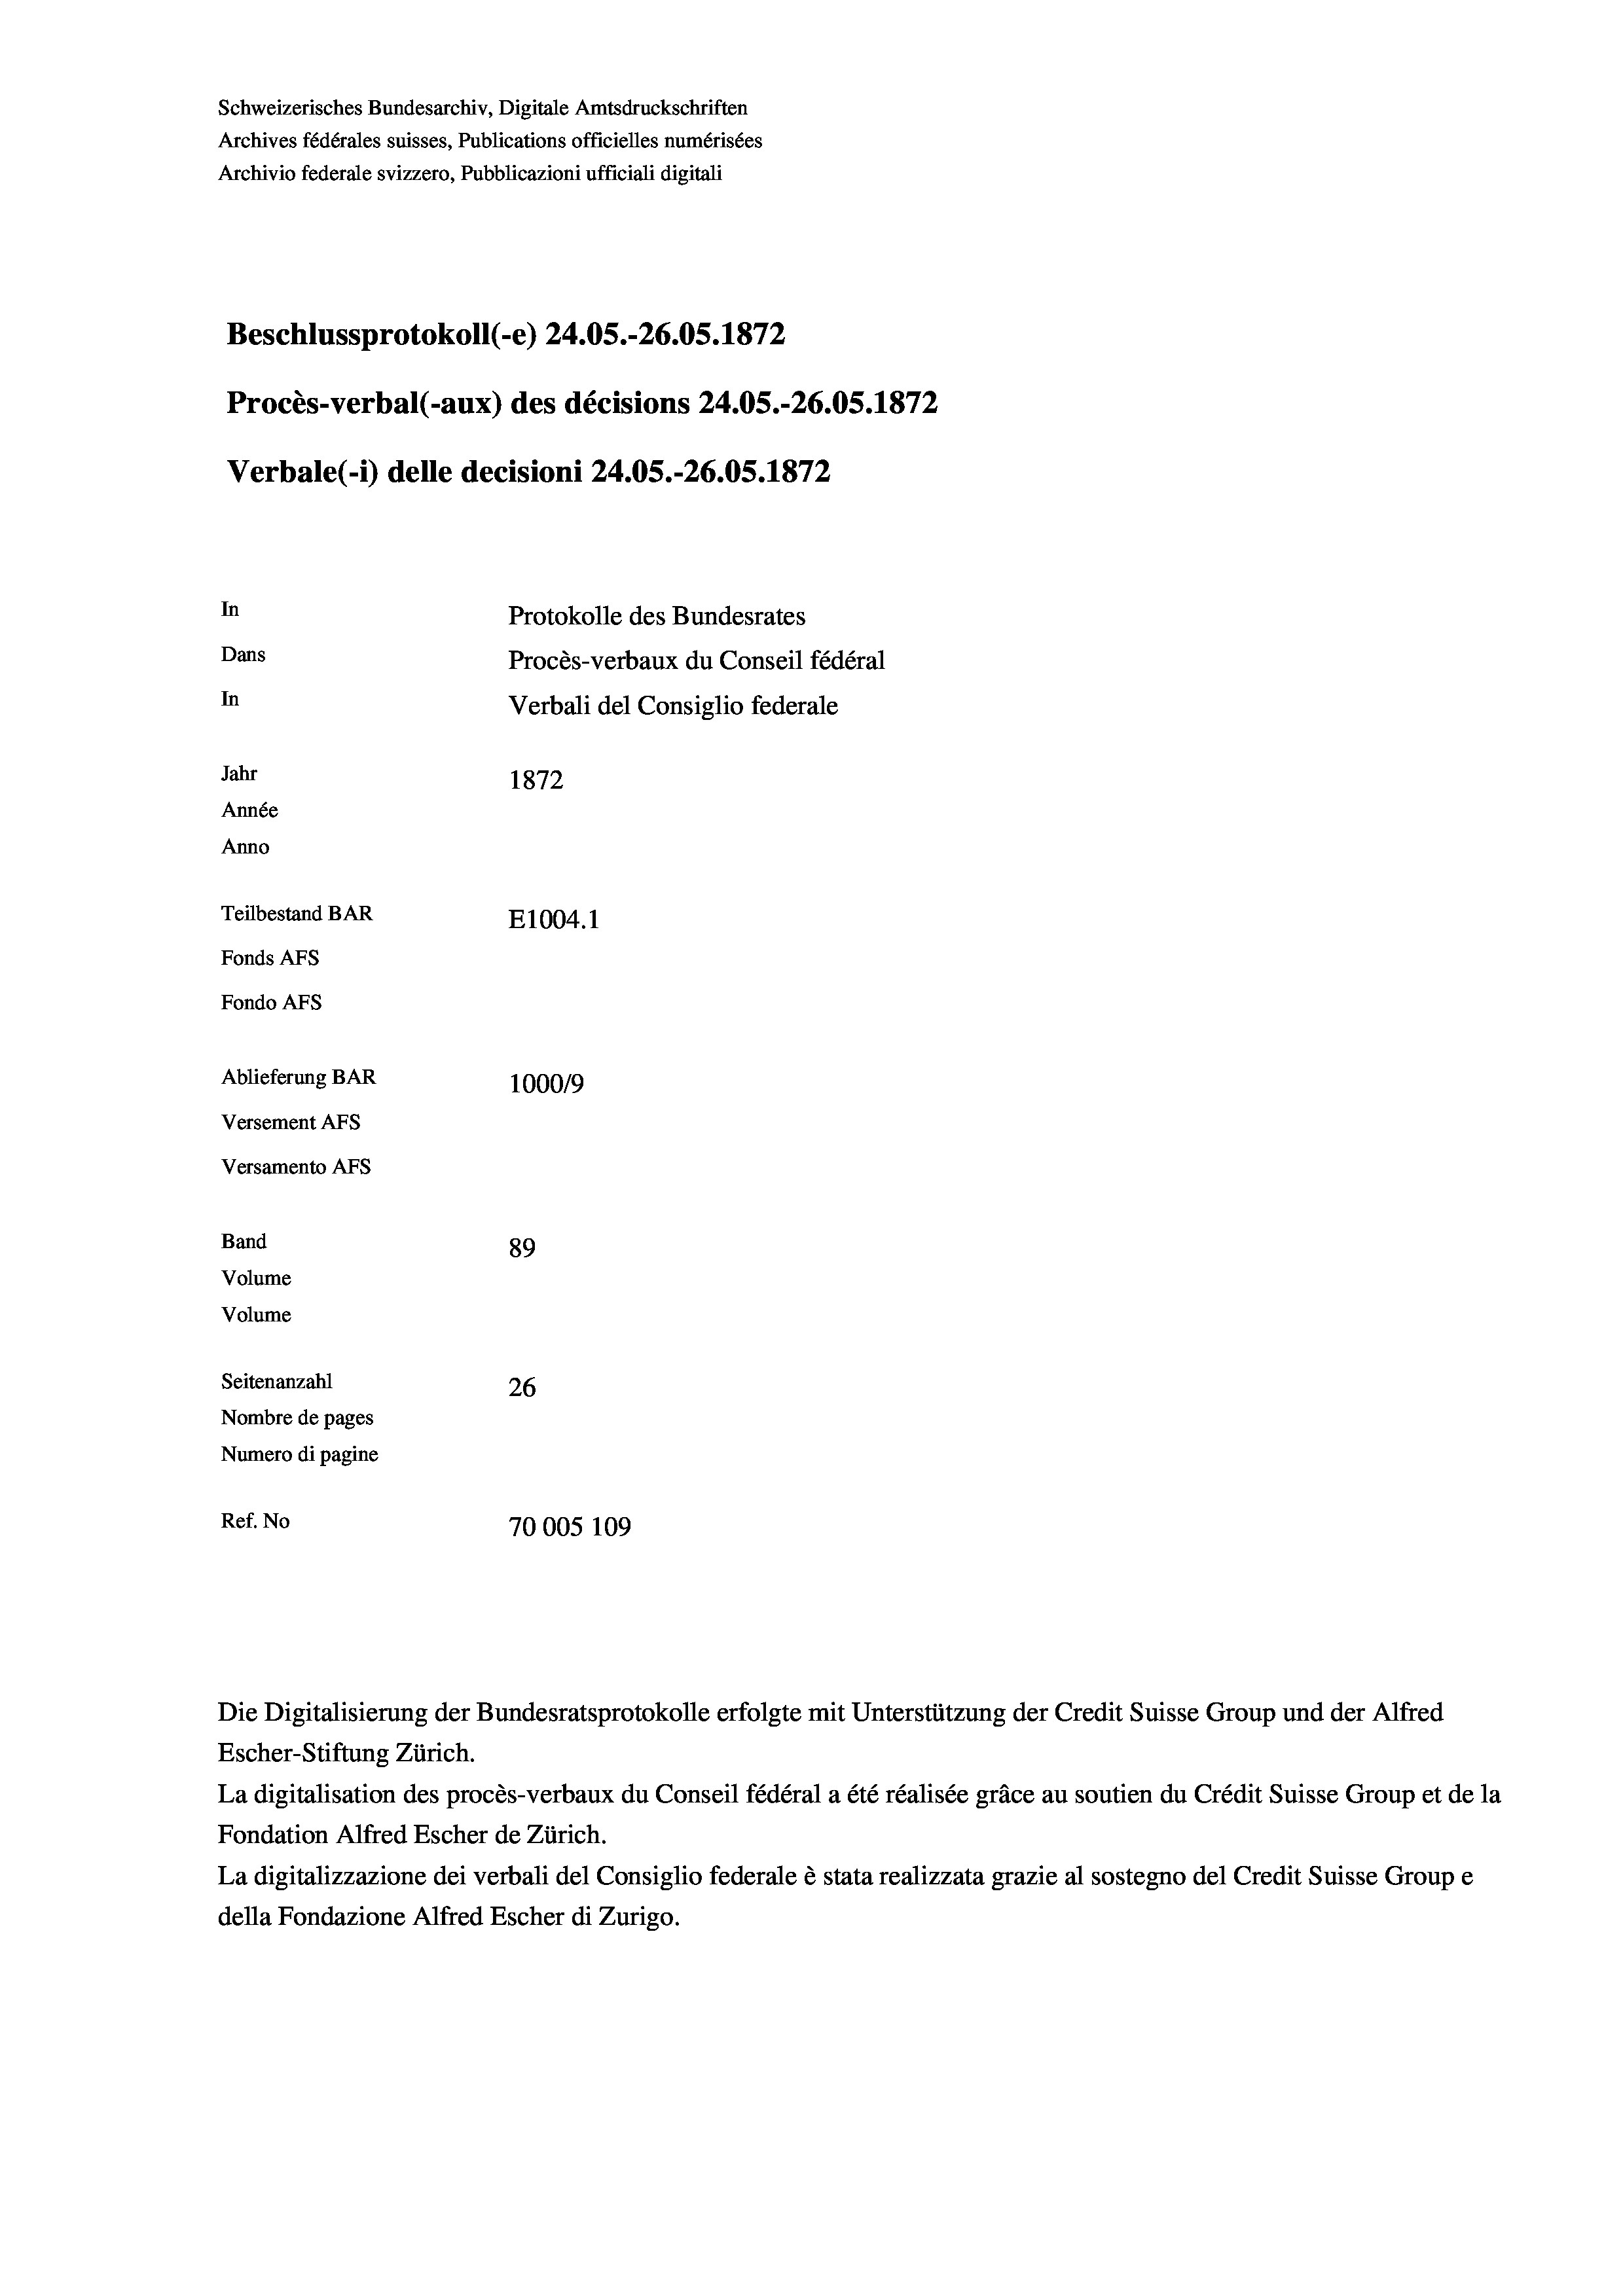
Schweizerisches Bundesarchiv, Digitale Amtsdruckschriften
Archives fédérales suisses, Publications officielles numérisées
Archivio federale svizzero, Pubblicazioni ufficiali digitali
Beschlussprotokoll (-e) 24.05.-26.05. 1872
Procès-verbal (-aux) des décisions 24.05.-26.05. 1872
Verbale(-*) delle decisioni 24.05.-26.05. 1872
In
Protokolle des Bundesrates
Dans
Procès-verbaux du Conseil fédéral
In
Verbali del Consiglio federale
Jahr
1872
Année
Anno
Teilbestand BAR
E1004. 1
Fonds AFs
Fondo Afs
Ablieferung BAR
100019
Versement Ans

Versamento Afs
Band
Volume
Volume

89
Seitenanzahl
26
Nombre de pages
Numero di pagine
Ref. No
70005 109

Escher-Stiftung Zürich.
La digitalisation des procès-verbaux du Conseil fédéral a été réalisée gräce au soutien du Crédit Suisse Group et de la
Fondation Alfred Escher de Zürich.
La digitalizzazione dei verbali del Consiglio federale è stata realizzata grazie al sostegno del Credit Suisse Groupe
della Fondazione Alfred Escher di Zurigo.

Die Digitalisierung der Bundesratsprotokolle erfolgte mit Unterstützung der Credit Suisse Group und der Alfred